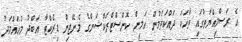
އެ ރަސްމިއްޔާތުގައި ވާހަކަ ދައްކަވަމުން އަމީން ކޮންސްޓްރަކްޝަންގެ މެނޭޖިން ޑިރެކްޓާ އަބްދު މުހައްމަދު